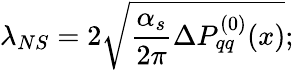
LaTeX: \lambda_{NS}=2\sqrt{\frac{\alpha_{s}}{2\pi}\Delta P_{qq}^{(0)}(x)};